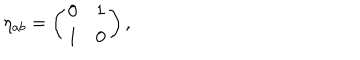
\eta _ { a b } = \left( \begin{array} { c c } { { 0 } } & { { 1 } } \\ { { 1 } } & { { 0 } } \\ \end{array} \right) ,